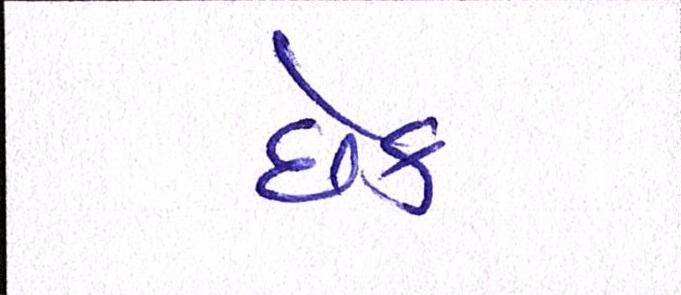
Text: છેક